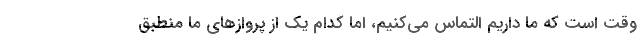
وقت است که ما داریم التماس می‌کنیم، اما کدام یک از پروازهای ما منطبق